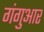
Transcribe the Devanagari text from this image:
गंगुआर